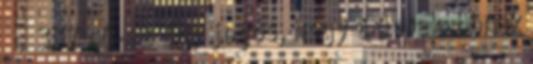
.” 337 c6-e2 „úgy jogos, hogy a derekabbnak